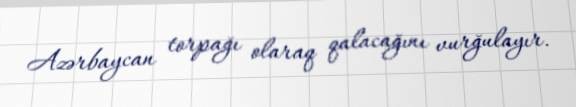
Azərbaycan torpağı olaraq qalacağını vurğulayır.